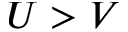
U > V